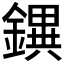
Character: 𨭄